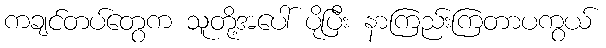
ကချင်တပ်တွေက သူတို့အပေါ် ပိုပြီး နာကြည်းကြတာပကွယ်